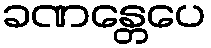
ခဏန္တေပေ